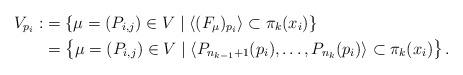
LaTeX: \begin{align*} V_{p_i}:&=\left\{ \mu=(P_{i,j}) \in V \mid \langle (F_\mu)_{p_i} \rangle \subset \pi_k(x_i) \right\}\\& = \left\{ \mu=(P_{i,j}) \in V \mid \langle P_{n_{k-1} +1}(p_i), \dots, P_{n_k}(p_i) \rangle \subset \pi_k(x_i) \right\}.\end{align*}